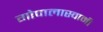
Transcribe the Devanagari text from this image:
गोपालास्वामी